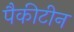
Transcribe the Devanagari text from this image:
पैकीटीन